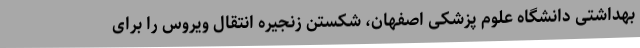
بهداشتی دانشگاه علوم پزشکی اصفهان، شکستن زنجیره انتقال ویروس را برای